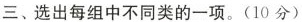
三、选出每组中不同类的一项.(10分)